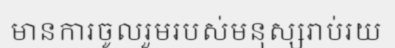
មានការចូលរួមរបស់មនុស្សរាប់រយ